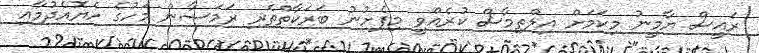
ރައީސް ޔާމީނު މިކަމަށް އިލްތިމާސް ކުރެއްވީ މިފެށުނު ބަރަކާތްތެރި ރަމަޟާން މަހުގެ ހެޔޮއެދުމާއި